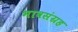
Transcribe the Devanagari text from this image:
भावसंग्रह